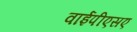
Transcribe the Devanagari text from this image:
वाईपीएसए